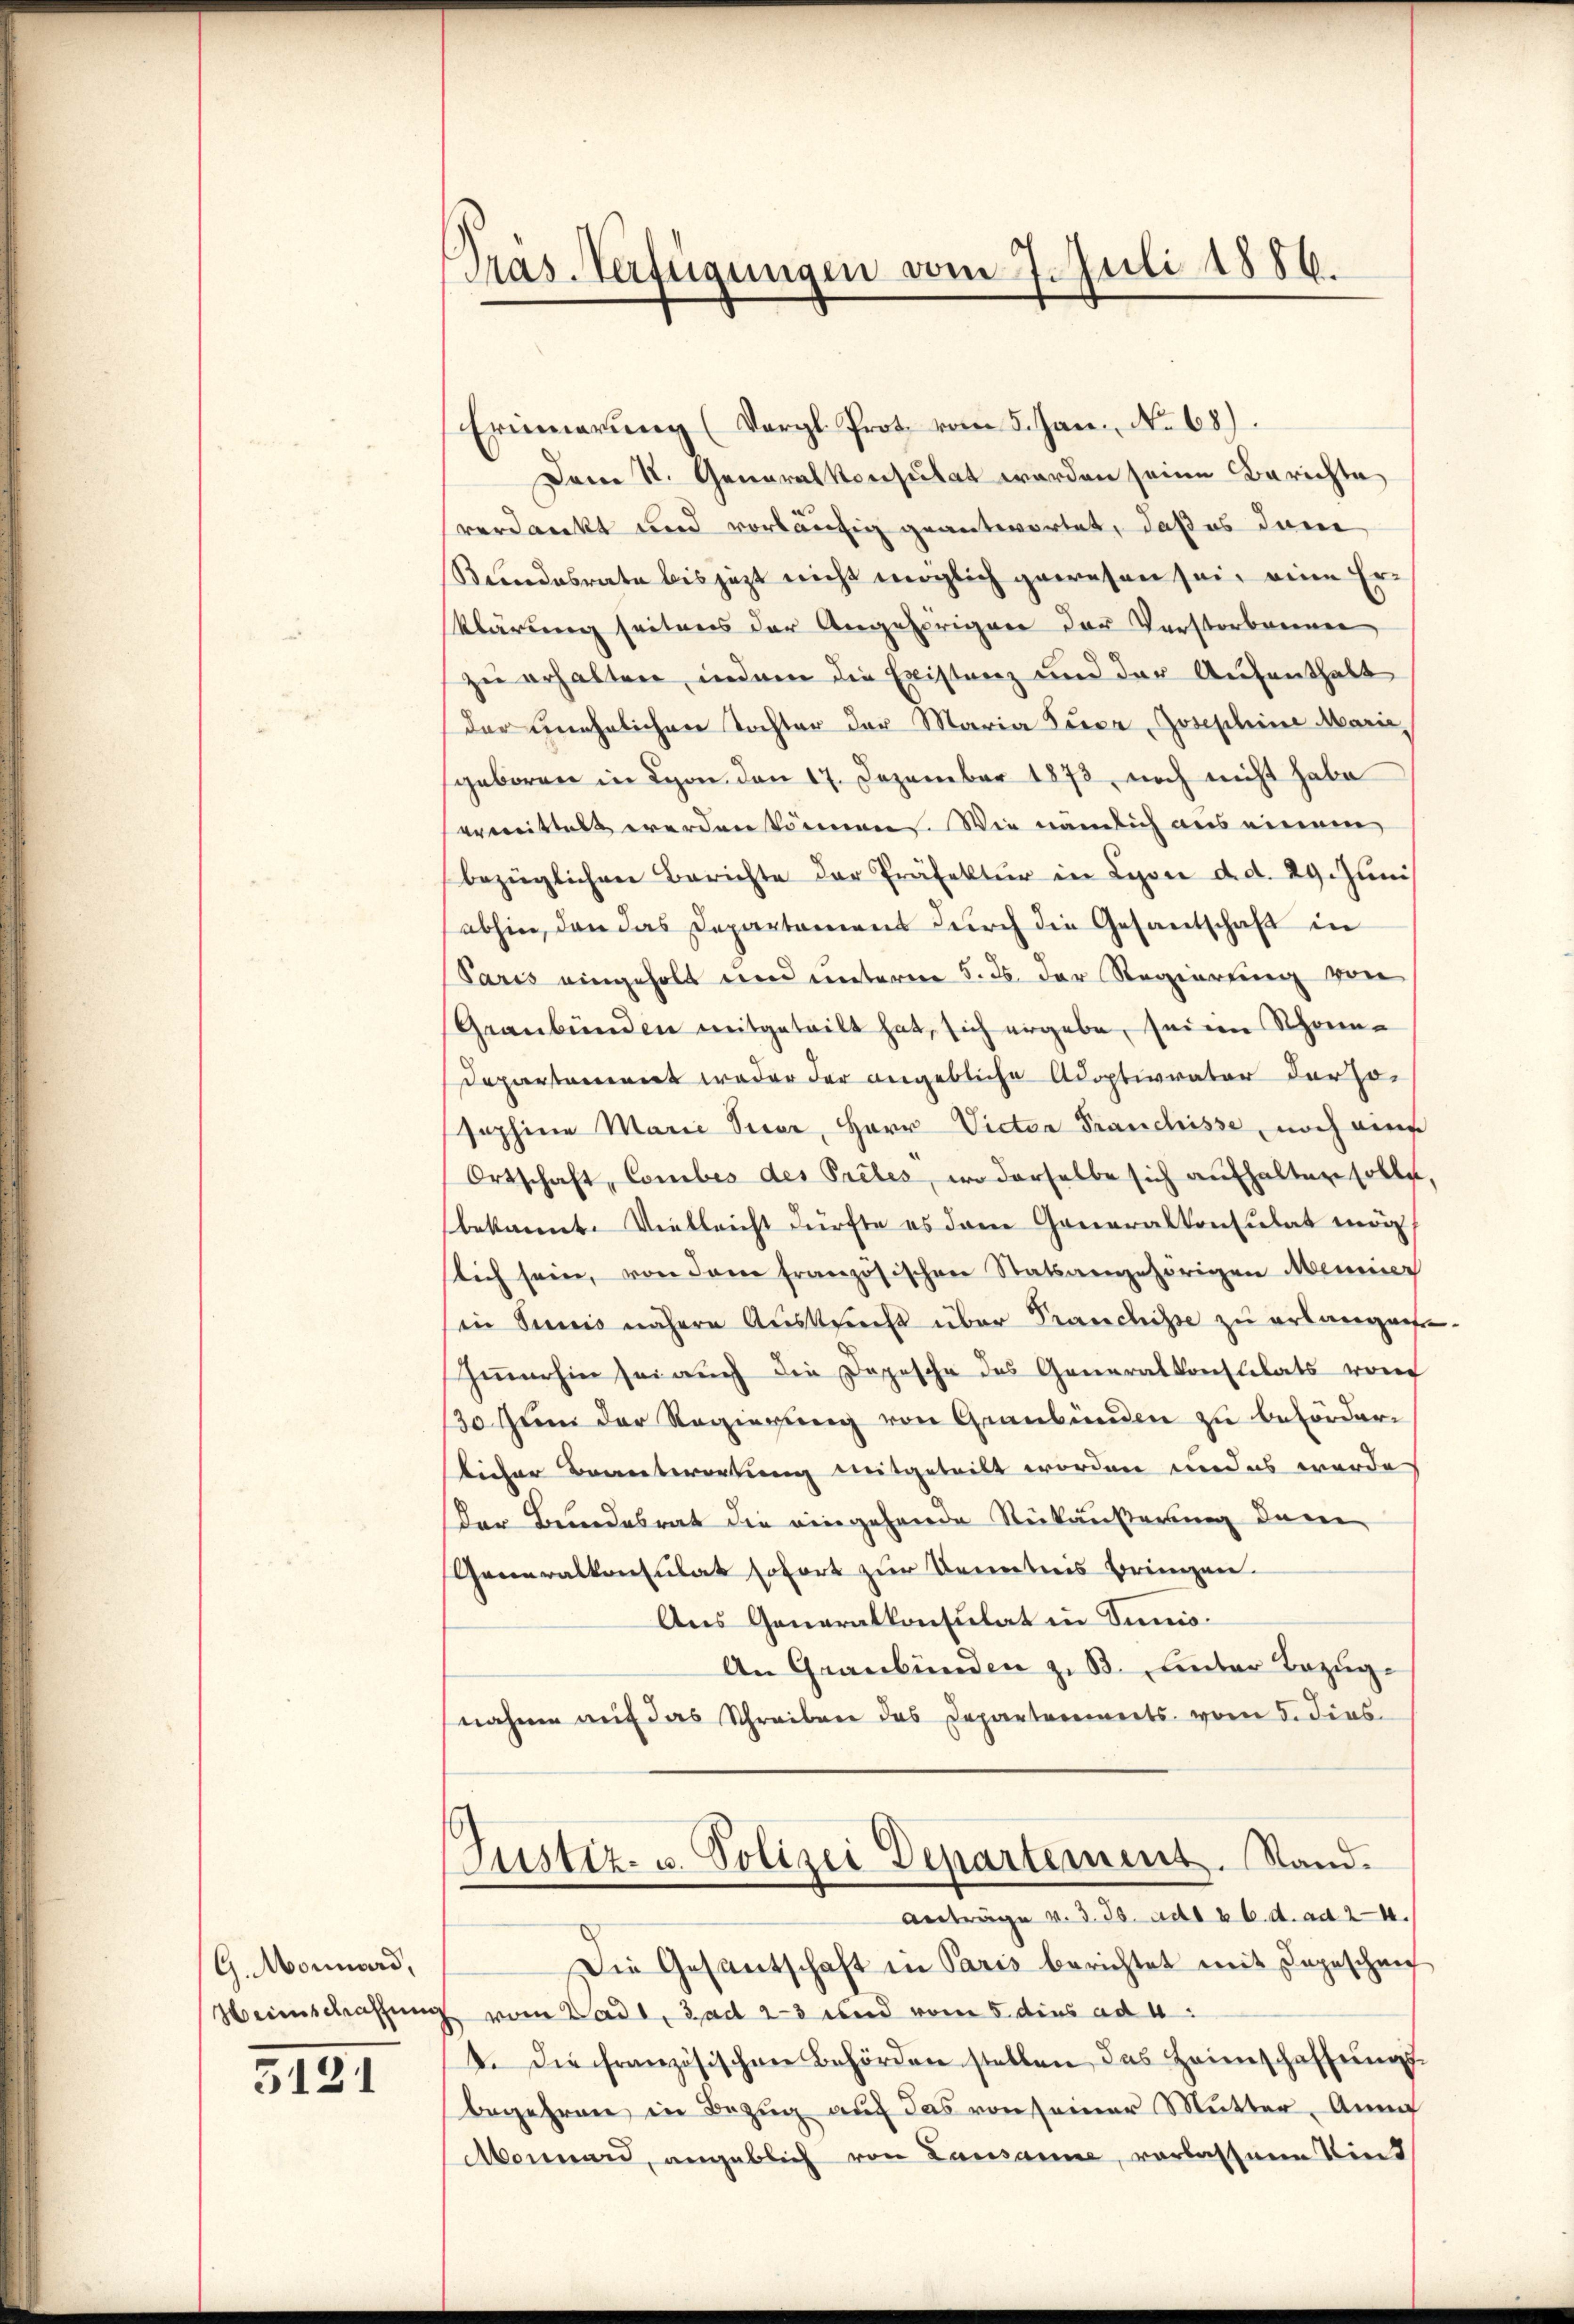
G. Monnard,

5121

Pras-Verfügungen vom 7. Juli 1886.

Erinnerung (Vergl. Prot. vom 5. Jan. No 68).
Dem K. Generalkonsulat worden seine Berichte
verdankt und vorläufig geantwortet, daß es dan
Bundesrate bis jezt nicht möglich gewesen sei, eine Er¬
Klärung seitens der Angehörigen der Verstorbenen
zu erhalten, indem die Existanz und der Aufenthalt
der unehelichen Tochter der Maria Preca Josephine Marie,
geboren in Lyon den 17. Dezember 1873, noch nicht habe
ermittelt werden können. Wie nämlich aus einem
bezüglichen Berichte der Präfektur in Lyon d. d. 29. Juni
abhin, den das Departement durch die Gesandschaft in
Paris eingeholt und unterm 5. ds. der Regierung von
Graubünden mitgeteilt hat, sich ergebe, seine Schönn¬
Departanenert weder der angebliche Adoptivvater derso¬
Jophine Marie Sicar, Herr Victor Franchisse, noch eine
Ortschaft, Comber des Pretes, wo derselbe sich aufhalten solle.
bekannt. Vielleicht dürfte es dem Generalkonsulat mög
lich sein, von dem französischen Statsangehörigen Meiniger
in Sunis nähere Auskunft über Franchisse zu erlangen.
Immerhin sei auch die Depesche des Generalkonslilats von
30 zum der Regierung von Graubünden zu beförderlicher Beantwortung mitgeteilt worden undes wurde
Der Bundesrat die eingehende Rückäußerung darin
Generalkonsulat sofort zur Kenntnis bringen.
Aus Generalkonsulat in Tunis
An Graubünden z. B. unter Bezugnahme auf das Schreiben das Departements vom 5. dies
Justiz- u. Polizei Departement. Stand.
Anträge v. d. Js. ad 26. d. ad 24.
Die Gesantschaft in Paris berichtet mit Depeschen
Heimschaffung vom Badt, ad 23 und vom 5. dies ad 4:
4. Die französischen Behörden stellen das Heimschaffŭngs-
begehren in Bezug auf das von seiner Mutter, Anna
Monard, angeblich von Lausanne, verlassene Tint